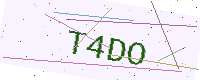
Text: T4DO